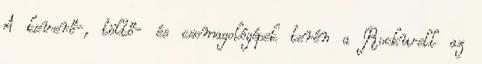
A keverő-, töltő- és csomagológépek terén a Rockwell az